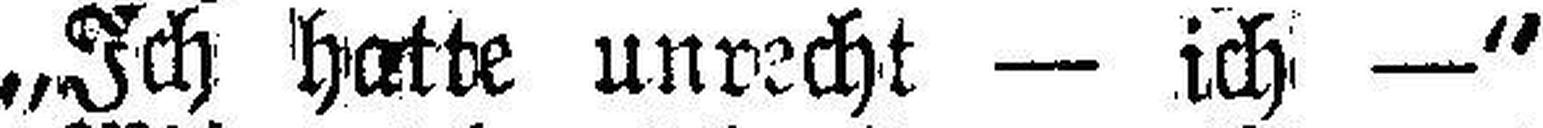
„Ich hatte unrecht — ich —“